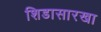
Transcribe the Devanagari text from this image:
शिडासारखा